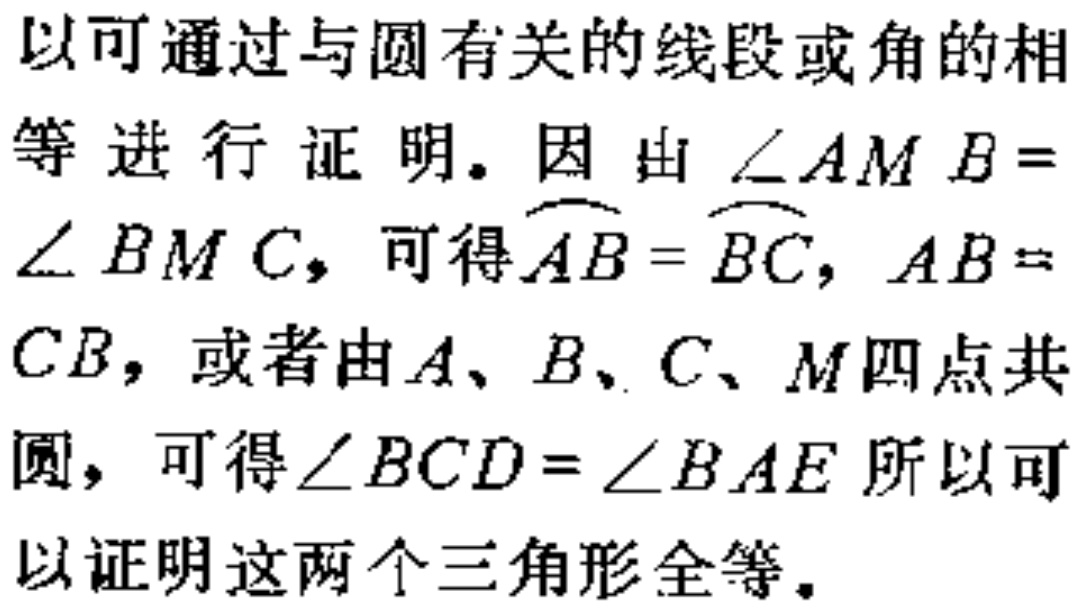
以可通过与圆有关的线段或角的相
等进行证明. 因由$\angle AMB =$
$\angle BMC$, 可得$\overset{\frown}{AB}=\overset{\frown}{BC}$, $AB =$
$CB$, 或者由$A、B、C、M$四点共
圆, 可得$\angle BCD=\angle BAE$所以可
以证明这两个三角形全等.